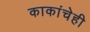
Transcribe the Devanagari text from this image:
काकांचेही